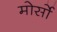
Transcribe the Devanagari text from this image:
मोर्सो